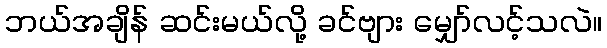
ဘယ်အချိန် ဆင်းမယ်လို့ ခင်ဗျား မျှော်လင့်သလဲ။